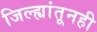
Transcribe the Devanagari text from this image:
जिल्ह्यांतूनही